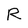
Character: R